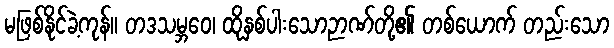
မဖြစ်နိုင်ခဲ့ကုန်။ တဒသမ္ဘဝေ၊ ထိုနှစ်ပါးသောဉာဏ်တို့၏ တစ်ယောက် တည်းသော